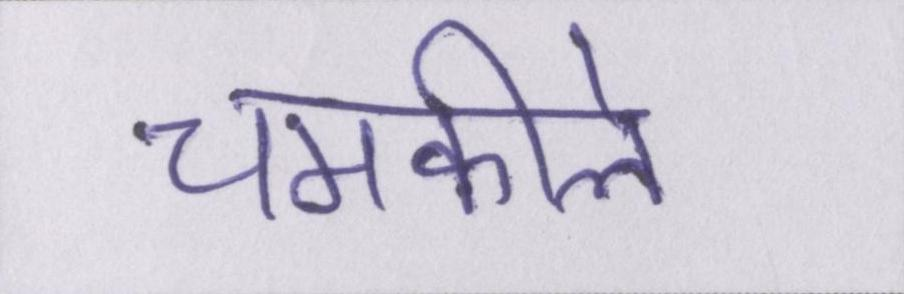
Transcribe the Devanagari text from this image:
चमकीले